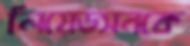
লিয়েডসনকে